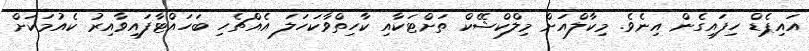
އައިޕެޑް ހިފައިގެން އިނެވެ. މިކާލްއަށް މިލްކްޝޭކް ތަށްޓަކާއި ކާހިތްވާކަހަލަ އެއްޗެހި ބަހައްޓާފައިވާއިރު ކެއުމަކަށް